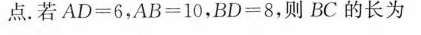
点。若$$A D = 6$$，$$A B = 1 0$$，$$B D = 8$$，则BC的长为